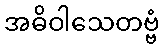
အဓိဝါသေတဗ္ဗံ